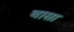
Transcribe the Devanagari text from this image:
थासा